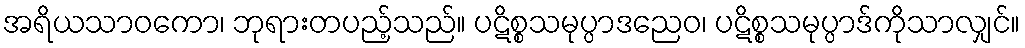
အရိယသာဝကော၊ ဘုရားတပည့်သည်။ ပဋိစ္စသမုပ္ပာဒညေဝ၊ ပဋိစ္စသမုပ္ပာဒ်ကိုသာလျှင်။